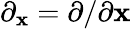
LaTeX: \partial_{\mathbf{x}}=\partial/\partial\mathbf{x}